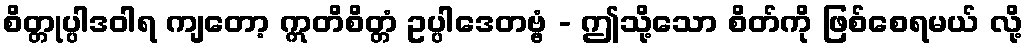
စိတ္တုပ္ပါဒဝါရ ကျတော့ ဣတိစိတ္တံ ဥပ္ပါဒေတဗ္ဗံ - ဤသို့သော စိတ်ကို ဖြစ်စေရမယ် လို့